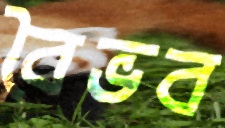
বৈভব